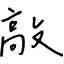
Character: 敲